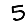
Digit: 5